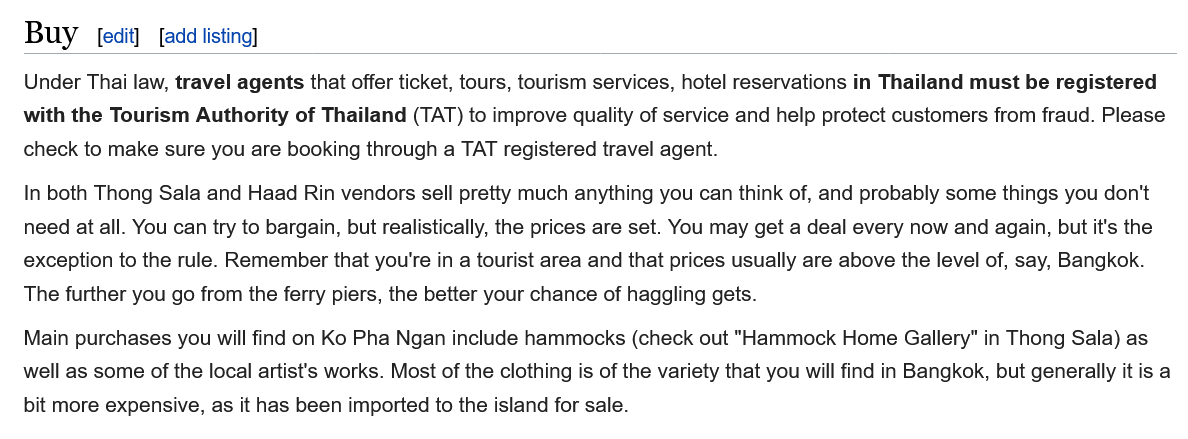
Buy
   Under Thai law, travel agents that offer ticket, tours, tourism services, hotel reservations in Thailand must be registered
   with the Tourism Authority of Thailand (TAT) to improve quality of service and help protect customers from fraud. Please
   check to make sure you are booking through a TAT registered travel agent.
   In both Thong Sala and Haad Rin vendors sell pretty much anything you can think of, and probably some things you don't
   need at all. You can try to bargain, but realistically, the prices are set. You may get a deal every now and again, but it's the
   exception to the rule. Remember that you're in a tourist area and that prices usually are above the level of, say, Bangkok.
   The further you go from the ferry piers, the better your chance of haggling gets.
   Main purchases you will find on Ko Pha Ngan include hammocks (check out "Hammock Home Gallery" in Thong Sala) as
   well as some of the local artist's works. Most of the clothing is of the variety that you will find in Bangkok, but generally it is a
   bit more expensive, as it has been imported to the island for sale.
     [edit] [add listing]